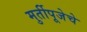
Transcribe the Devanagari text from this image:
मुर्तीपूजेचे